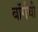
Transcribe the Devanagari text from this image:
बॉर्गची